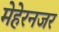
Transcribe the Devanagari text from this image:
मेहेरनजर